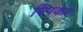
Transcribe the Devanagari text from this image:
स्पिकर